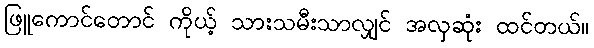
ဖြူကောင်တောင် ကိုယ့် သားသမီးသာလျှင် အလှဆုံး ထင်တယ်။